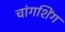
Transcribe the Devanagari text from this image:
चांगशिंग